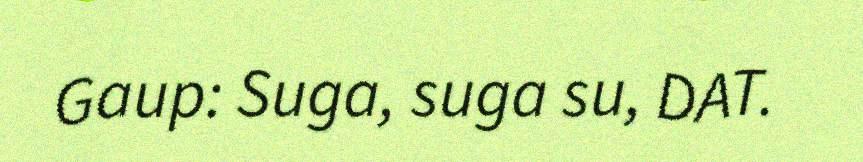
Gaup: Suga, suga su, DAT.